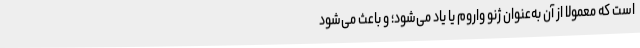
است که معمولاً از آن به‌عنوان ژنو واروم یا یاد می‌شود؛ و باعث می‌شود